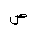
Letter: _sad